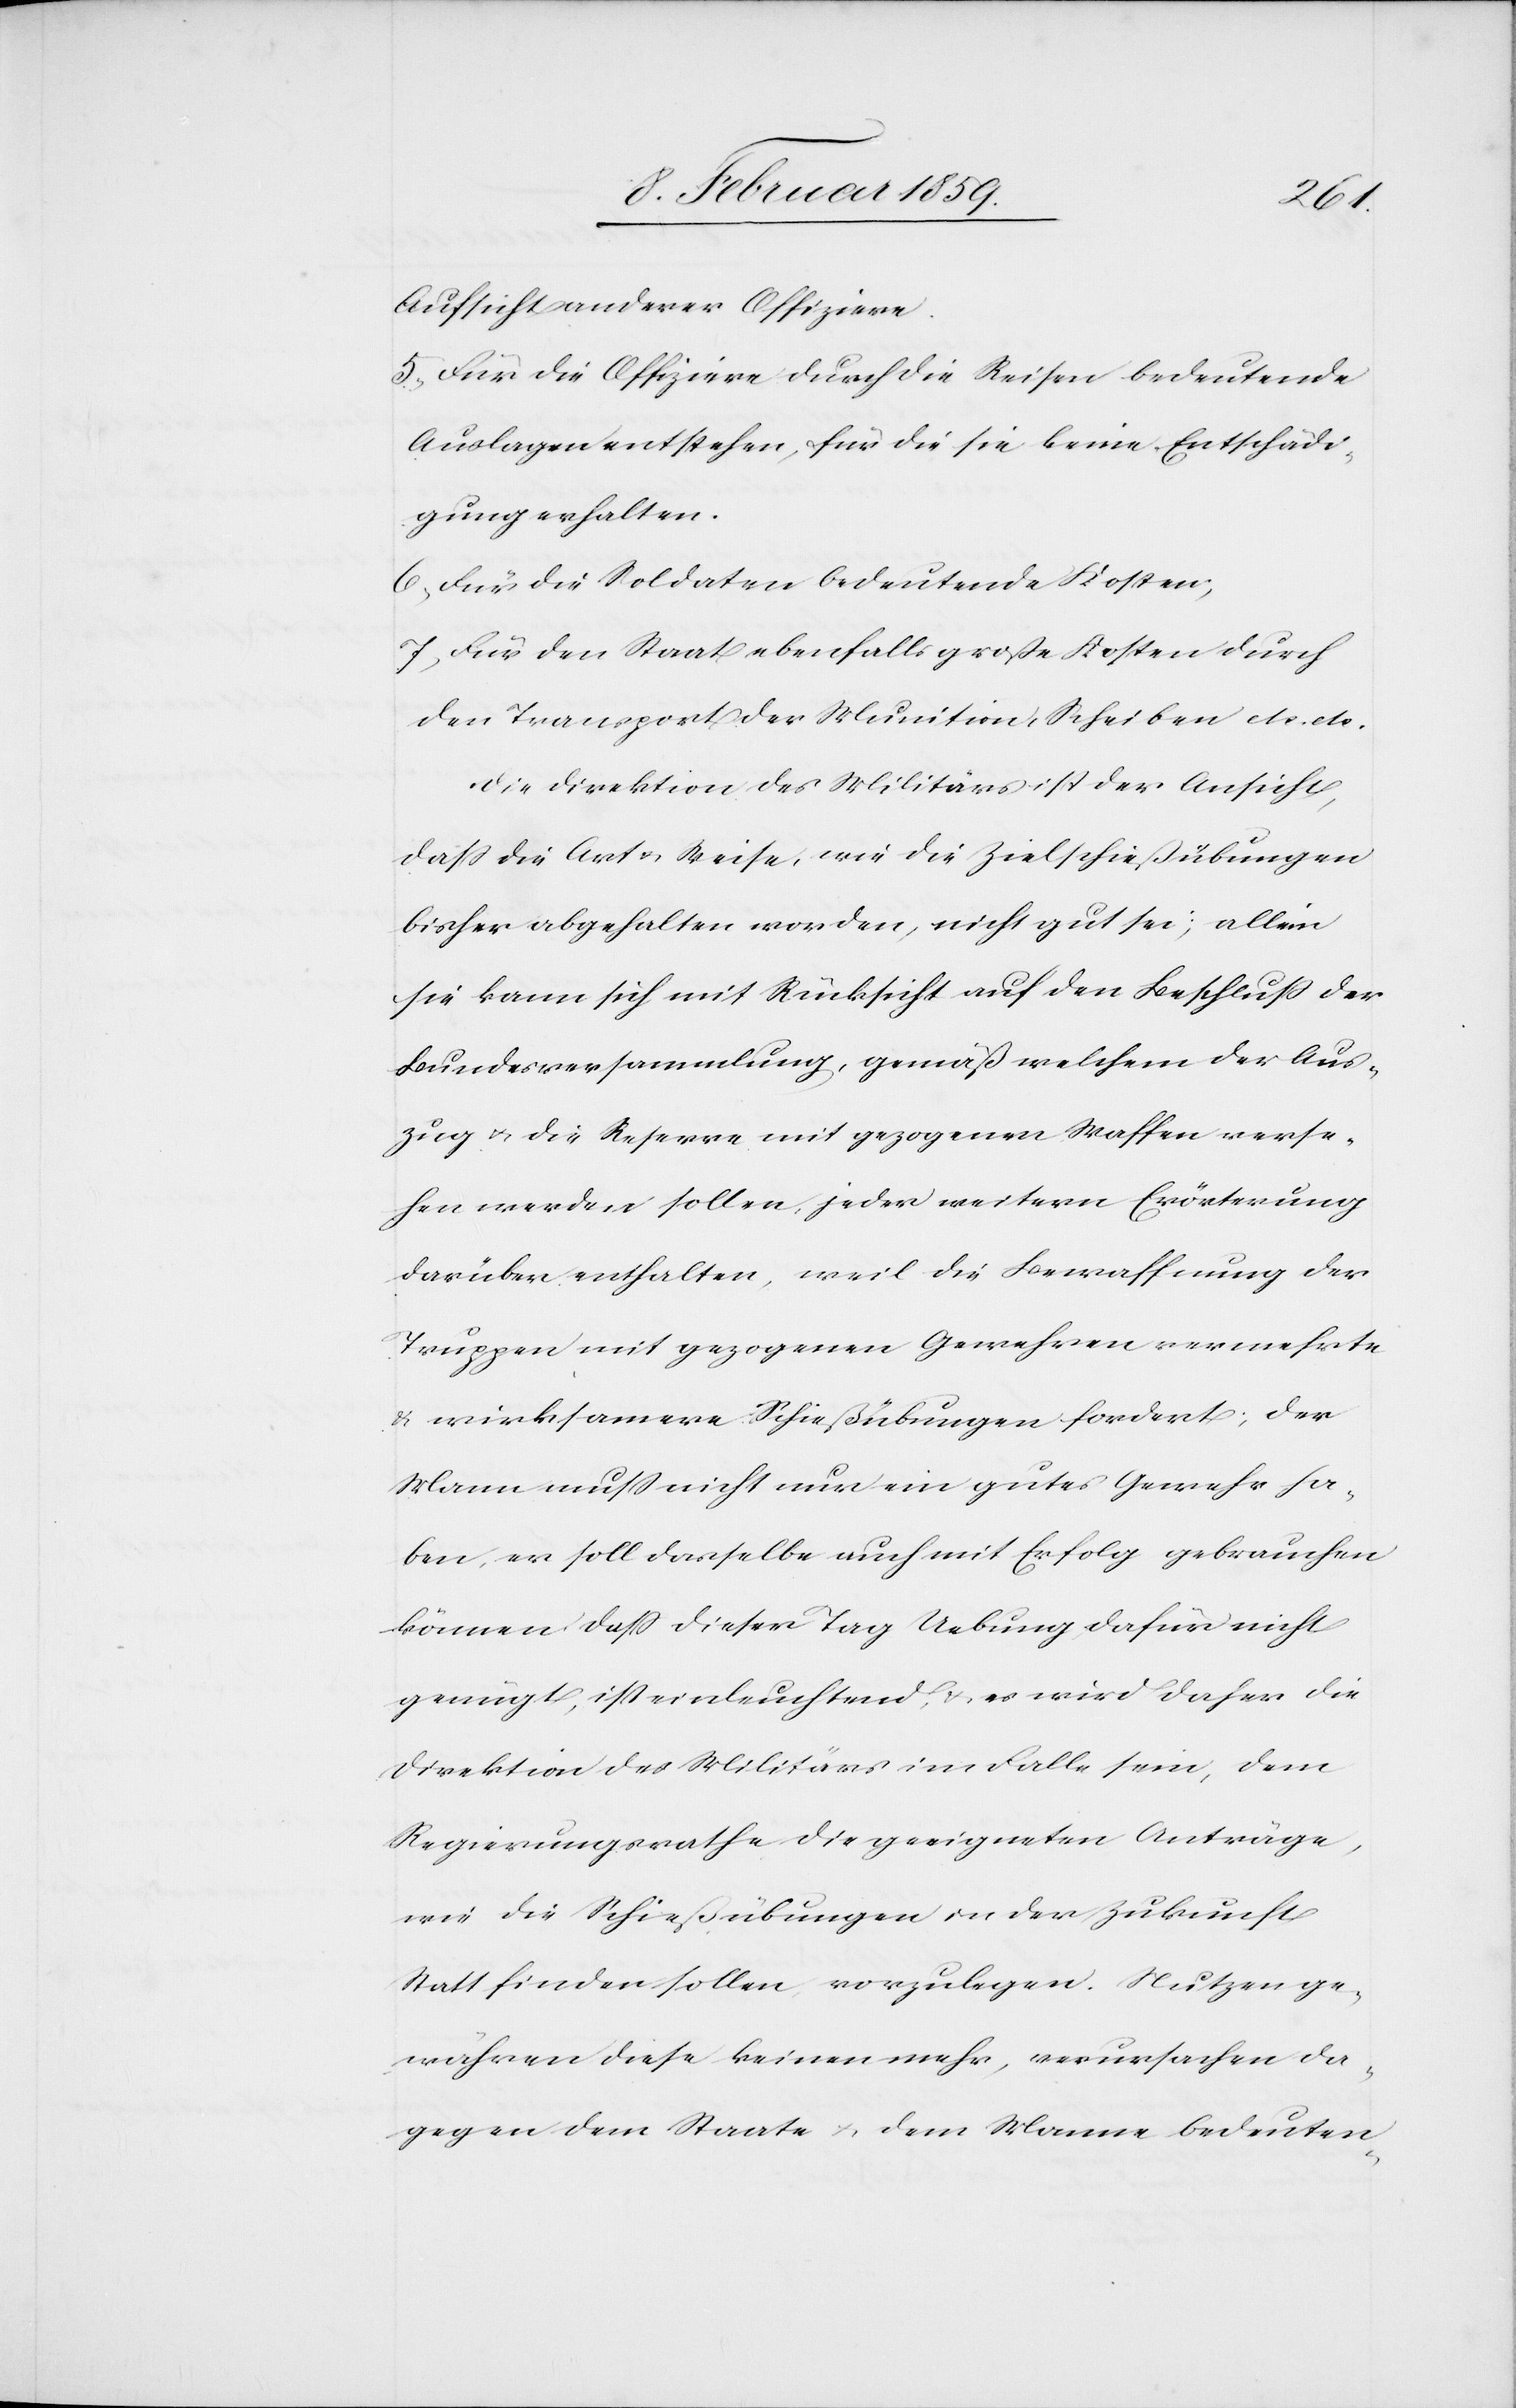
Aufsicht anderer Offiziere.
5, Für die Offiziere durch die Reisen bedeutende
Auslagen entstehen, für die sie keine Entschädi¬
gung erhalten.
6, Für die Soldaten bedeutende Kosten;
7, Für den Staat ebenfalls große Kosten durch
den Transport der Munition, Scheiben etc. etc.
Die Direktion des Militärs ist der Ansicht,
daß die Art u. Weise, wie die Zielschießübungen
bisher abgehalten worden, nicht gut sei; allein
sie kann sich mit Rücksicht auf den Beschluß der
Bundesversammlung, gemäß welchem der Aus¬
zug u. die Reserve mit gezogenen Waffen verse¬
hen werden sollen, jeder weitern Erörterung
darüber enthalten, weil die Bewaffnung der
Truppen mit gezogenen Gewehren vermehrte
u. wirksamere Schießübungen fordert; der
Mann muß nicht nur ein gutes Gewehr ha¬
ben, er soll dasselbe auch mit Erfolg gebrauchen
können, daß dieser Tag Uebung dafür nicht
genügt, ist einleuchtend, u. es wird daher die
Direktion des Militärs im Falle sein, dem
Regierungsrathe die geeigneten Anträge,
wie die Schießübungen in der Zukunft
Statt finden sollen, vorzulegen. Nutzen ge¬
währen diese keinen mehr, verursachen da¬
gegen dem Staate u. dem Manne bedeuten-